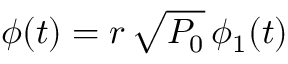
\phi ( t ) = r \, \sqrt { P _ { 0 } } \, \phi _ { 1 } ( t )